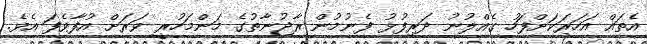
އެތައް އަހަރަކަށްފަހު ގެއްލުނު ދަރިފުޅު ފެނުމުން ރާޖުނާތުގެ މަންމަހުރީ ވަރަށް އުފާވެފަ އެވެ.